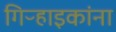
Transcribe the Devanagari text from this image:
गिऱ्हाइकांना